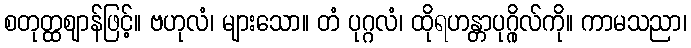
စတုတ္ထဈာန်ဖြင့်။ ဗဟုလံ၊ များသော။ တံ ပုဂ္ဂလံ၊ ထိုရဟန္တာပုဂ္ဂိုလ်ကို။ ကာမသညာ၊